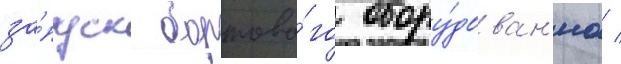
за́пуск бортово́го обору́дован'иа /